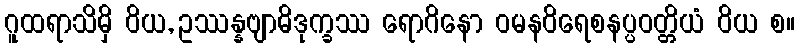
ဂူထရာသိမှိ ဝိယ, ဥဿန္နဗျာဓိဒုက္ခဿ ရောဂိနော ဝမနဝိရေစနပ္ပဝတ္တိယံ ဝိယ စ။